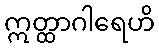
ဣတ္ထာဂါရေဟိ